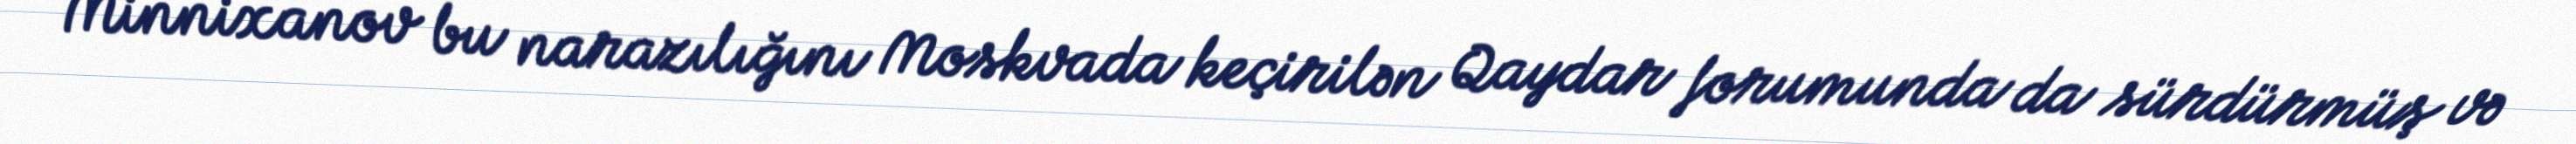
Minnixanov bu narazılığını Moskvada keçirilən Qaydar forumunda da sürdürmüş və